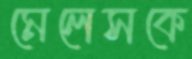
মেলেসকে